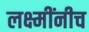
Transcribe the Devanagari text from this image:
लक्ष्मींनीच